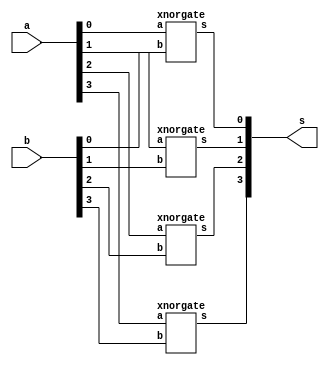
// -------------------------
// Exemplo0023 - COMPARADOR IGUALDADE
// Nome: Jenifer Henrique Moreira Borges
// ------------------------- 

// ------------------------- 

module comparaIgualdade (output [3:0] s, input [3:0] a, input [3:0] b);

   xnorgate XNOR1(s[0],a[0],b[0]);
   xnorgate XNOR2(s[1],a[1],b[1]);
   xnorgate XNOR3(s[2],a[2],b[2]);
   xnorgate XNOR4(s[3],a[3],b[3]);

endmodule

module xnorgate (output s, input a, input b);
  
  assign s = ~(a ^ b);

endmodule

module andgate (output s, input a, input b);

  assign s = a & b;

endmodule

module notgate (output s, input a);

  assign s = ~a;

endmodule

module xorgate (output s, input a, input b);

  assign s = a ^ b;

endmodule

module orgate (output s, input a, input b);
  
  assign s = a | b;

endmodule

module test_comp;
// ------------------------- definir dados 
      reg [3:0] x; 
      reg [3:0] y;
      wire [3:0] eq;

      comparaIgualdade COMP1(eq,x,y);

 
// ------------------------- parte principal 
 initial begin 
      $display("Exemplo0023 - Jenifer Henrique Moreira Borges - 427420");
      $display("Test ALUs comparador igualdade"); 
		
		#1 x=4'b0000; y=4'b0000; 
      $monitor("%4b %4b = %4b",x,y,eq);      
      #1 x=4'b0110; y=4'b0100;
      #1 x=4'b0111; y=4'b0111;
      #1 x=4'b0101; y=4'b0111;
      #1 x=4'b0011; y=4'b0100;
      #1 x=4'b0100; y=4'b0010;
       
 end  
endmodule // test_fullAdder